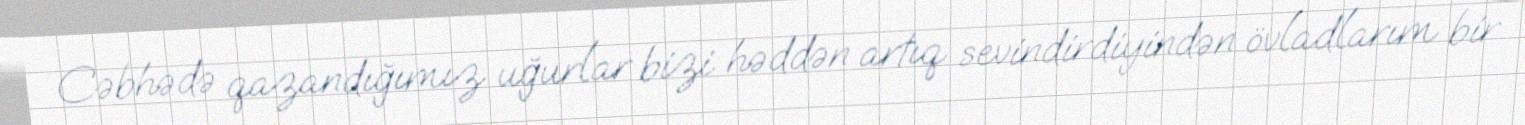
Cəbhədə qazandığımız uğurlar bizi həddən artıq sevindirdiyindən övladlarım bir